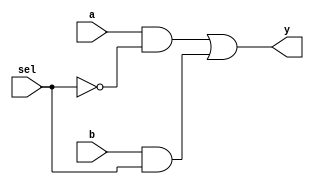
`timescale 1ns / 1ps

module mux_2x1(
    input a, b, sel, 
    output y);
    assign y = (a & ~sel) | (b & sel);
endmodule
                    
module or_using_mux(
    input a, b, 
    output y);
    mux_2x1 m1(b,1'b1,a,y);
endmodule